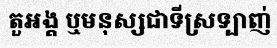
តួអង្គ ឬមនុស្សជាទីស្រទ្បាញ់